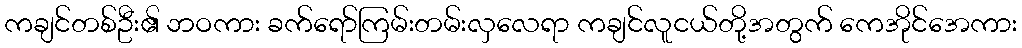
ကချင်တစ်ဦး၏ ဘဝကား ခက်ရော်ကြမ်းတမ်းလှလေရာ ကချင်လူငယ်တို့အတွက် ကေအိုင်အေကား